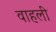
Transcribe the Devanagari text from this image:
वाहली